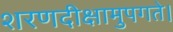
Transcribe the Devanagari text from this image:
शरणदीक्षामुपगते।